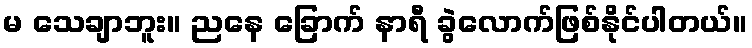
မ သေချာဘူး။ ညနေ ခြောက် နာရီ ခွဲလောက်ဖြစ်နိုင်ပါတယ်။